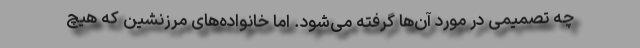
چه تصمیمی در مورد آن‌ها گرفته می‌شود. اما خانواده‌های مرزنشین که هیچ